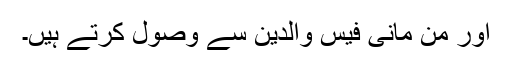
اور من مانی فیس والدین سے وصول کرتے ہیں۔